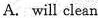
A. will clean